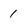
Character: 1